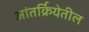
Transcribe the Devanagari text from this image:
आंतर्क्रियेतील